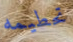
تحطيمه